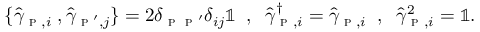
\begin{array} { r } { \{ \hat { \gamma } _ { \textsc { p } , i } \; , \hat { \gamma } _ { \textsc { p } ^ { \prime } , j } \} = 2 \delta _ { \textsc { p } \textsc { p } ^ { \prime } } \delta _ { i j } \mathbb { 1 } \; \; , \; \; \hat { \gamma } _ { \textsc { p } , i } ^ { \dagger } = \hat { \gamma } _ { \textsc { p } , i } \; \; , \; \; \hat { \gamma } _ { \textsc { p } , i } ^ { 2 } = \mathbb { 1 } . } \end{array}